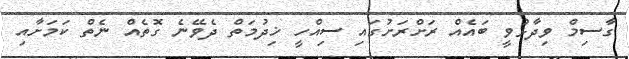
ގާސިމް ވިދާޅުވީ ބައެއް ރަށްރަށުގައި ސިއްހީ ޚިދުމަތް ދެވޭނެ ގޮތެއް ނެތް ކަމަށާއި